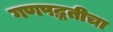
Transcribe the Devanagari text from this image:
गणपद्धतीचा